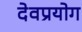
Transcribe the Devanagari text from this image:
देवप्रयोग